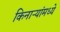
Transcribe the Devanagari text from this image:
किनाऱ्यांमध्ये